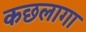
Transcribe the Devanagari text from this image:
कछलागा